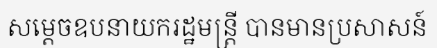
សម្តេចឧបនាយករដ្ឋមន្ត្រី បានមានប្រសាសន៍